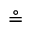
\circeq